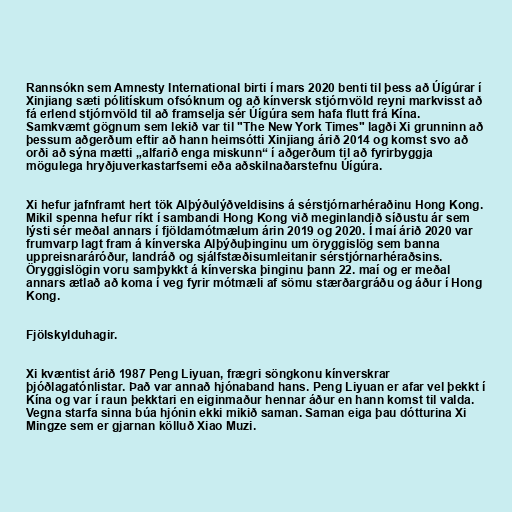
Rannsókn sem Amnesty International birti í mars 2020 benti til þess að Úígúrar í
Xinjiang sæti pólitískum ofsóknum og að kínversk stjórnvöld reyni markvisst að
fá erlend stjórnvöld til að framselja sér Úígúra sem hafa flutt frá Kína.
Samkvæmt gögnum sem lekið var til "The New York Times" lagði Xi grunninn að
þessum aðgerðum eftir að hann heimsótti Xinjiang árið 2014 og komst svo að
orði að sýna mætti „alfarið enga miskunn“ í aðgerðum til að fyrirbyggja
mögulega hryðjuverkastarfsemi eða aðskilnaðarstefnu Úígúra.

Xi hefur jafnframt hert tök Alþýðulýðveldisins á sérstjórnarhéraðinu Hong Kong.
Mikil spenna hefur ríkt í sambandi Hong Kong við meginlandið síðustu ár sem
lýsti sér meðal annars í fjöldamótmælum árin 2019 og 2020. Í maí árið 2020 var
frumvarp lagt fram á kínverska Alþýðuþinginu um öryggislög sem banna
uppreisnaráróður, landráð og sjálf­stæðisumleitanir sér­stjórn­ar­héraðsins.
Öryggislögin voru samþykkt á kínverska þinginu þann 22. maí og er meðal
annars ætlað að koma í veg fyrir mótmæli af sömu stærðargráðu og áður í Hong
Kong.

Fjölskylduhagir.

Xi kvæntist árið 1987 Peng Liyuan, frægri söngkonu kínverskrar
þjóðlagatónlistar. Það var annað hjónaband hans. Peng Liyuan er afar vel þekkt í
Kína og var í raun þekktari en eiginmaður hennar áður en hann komst til valda.
Vegna starfa sinna búa hjónin ekki mikið saman. Saman eiga þau dótturina Xi
Mingze sem er gjarnan kölluð Xiao Muzi.